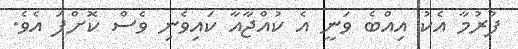
ފުރުމާ އެކު އިއްބެ ވަނީ އެ ކުއްޖާއާ ކައިވެނި ވެސް ކޮށްފަ އެވެ.